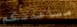
مساعدتكم